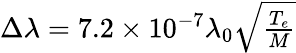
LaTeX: \begin{array}{r}{\Delta\lambda=7.2\times 10^{-7}\lambda_{0}\sqrt{\frac{T_{e}}{M}}}\end{array}